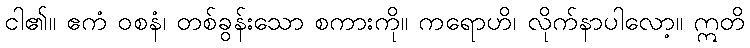
ငါ၏။ ဧကံ ဝစနံ၊ တစ်ခွန်းသော စကားကို။ ကရောဟိ၊ လိုက်နာပါလော့။ ဣတိ